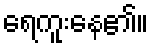
ရေကူးနေ၏။